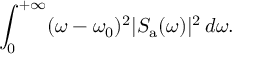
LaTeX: \int _ { 0 } ^ { + \infty } ( \omega - \omega _ { 0 } ) ^ { 2 } | S _ { \mathrm { a } } ( \omega ) | ^ { 2 } \, d \omega .